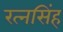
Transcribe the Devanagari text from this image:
रत्‍नसिंह